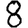
Digit: 8